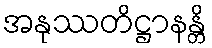
အနုဿတိဋ္ဌာနန္တိ